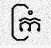
ក្រំ